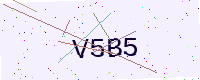
Text: V5B5